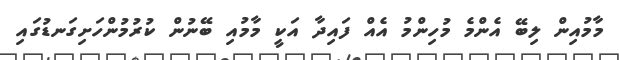
މާމުއިން ލިބޭ އެންމެ މުހިންމު އެއް ފައިދާ އަކީ މާމުއި ބޭނުން ކުރުމުންހަށިގަނޑުގައި